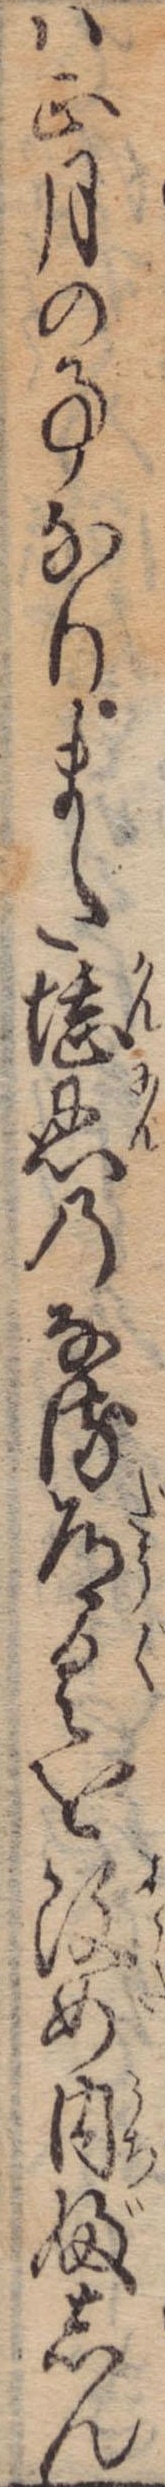
は正月の事なりまだ堪忍のなる道具を改め内ぶしん